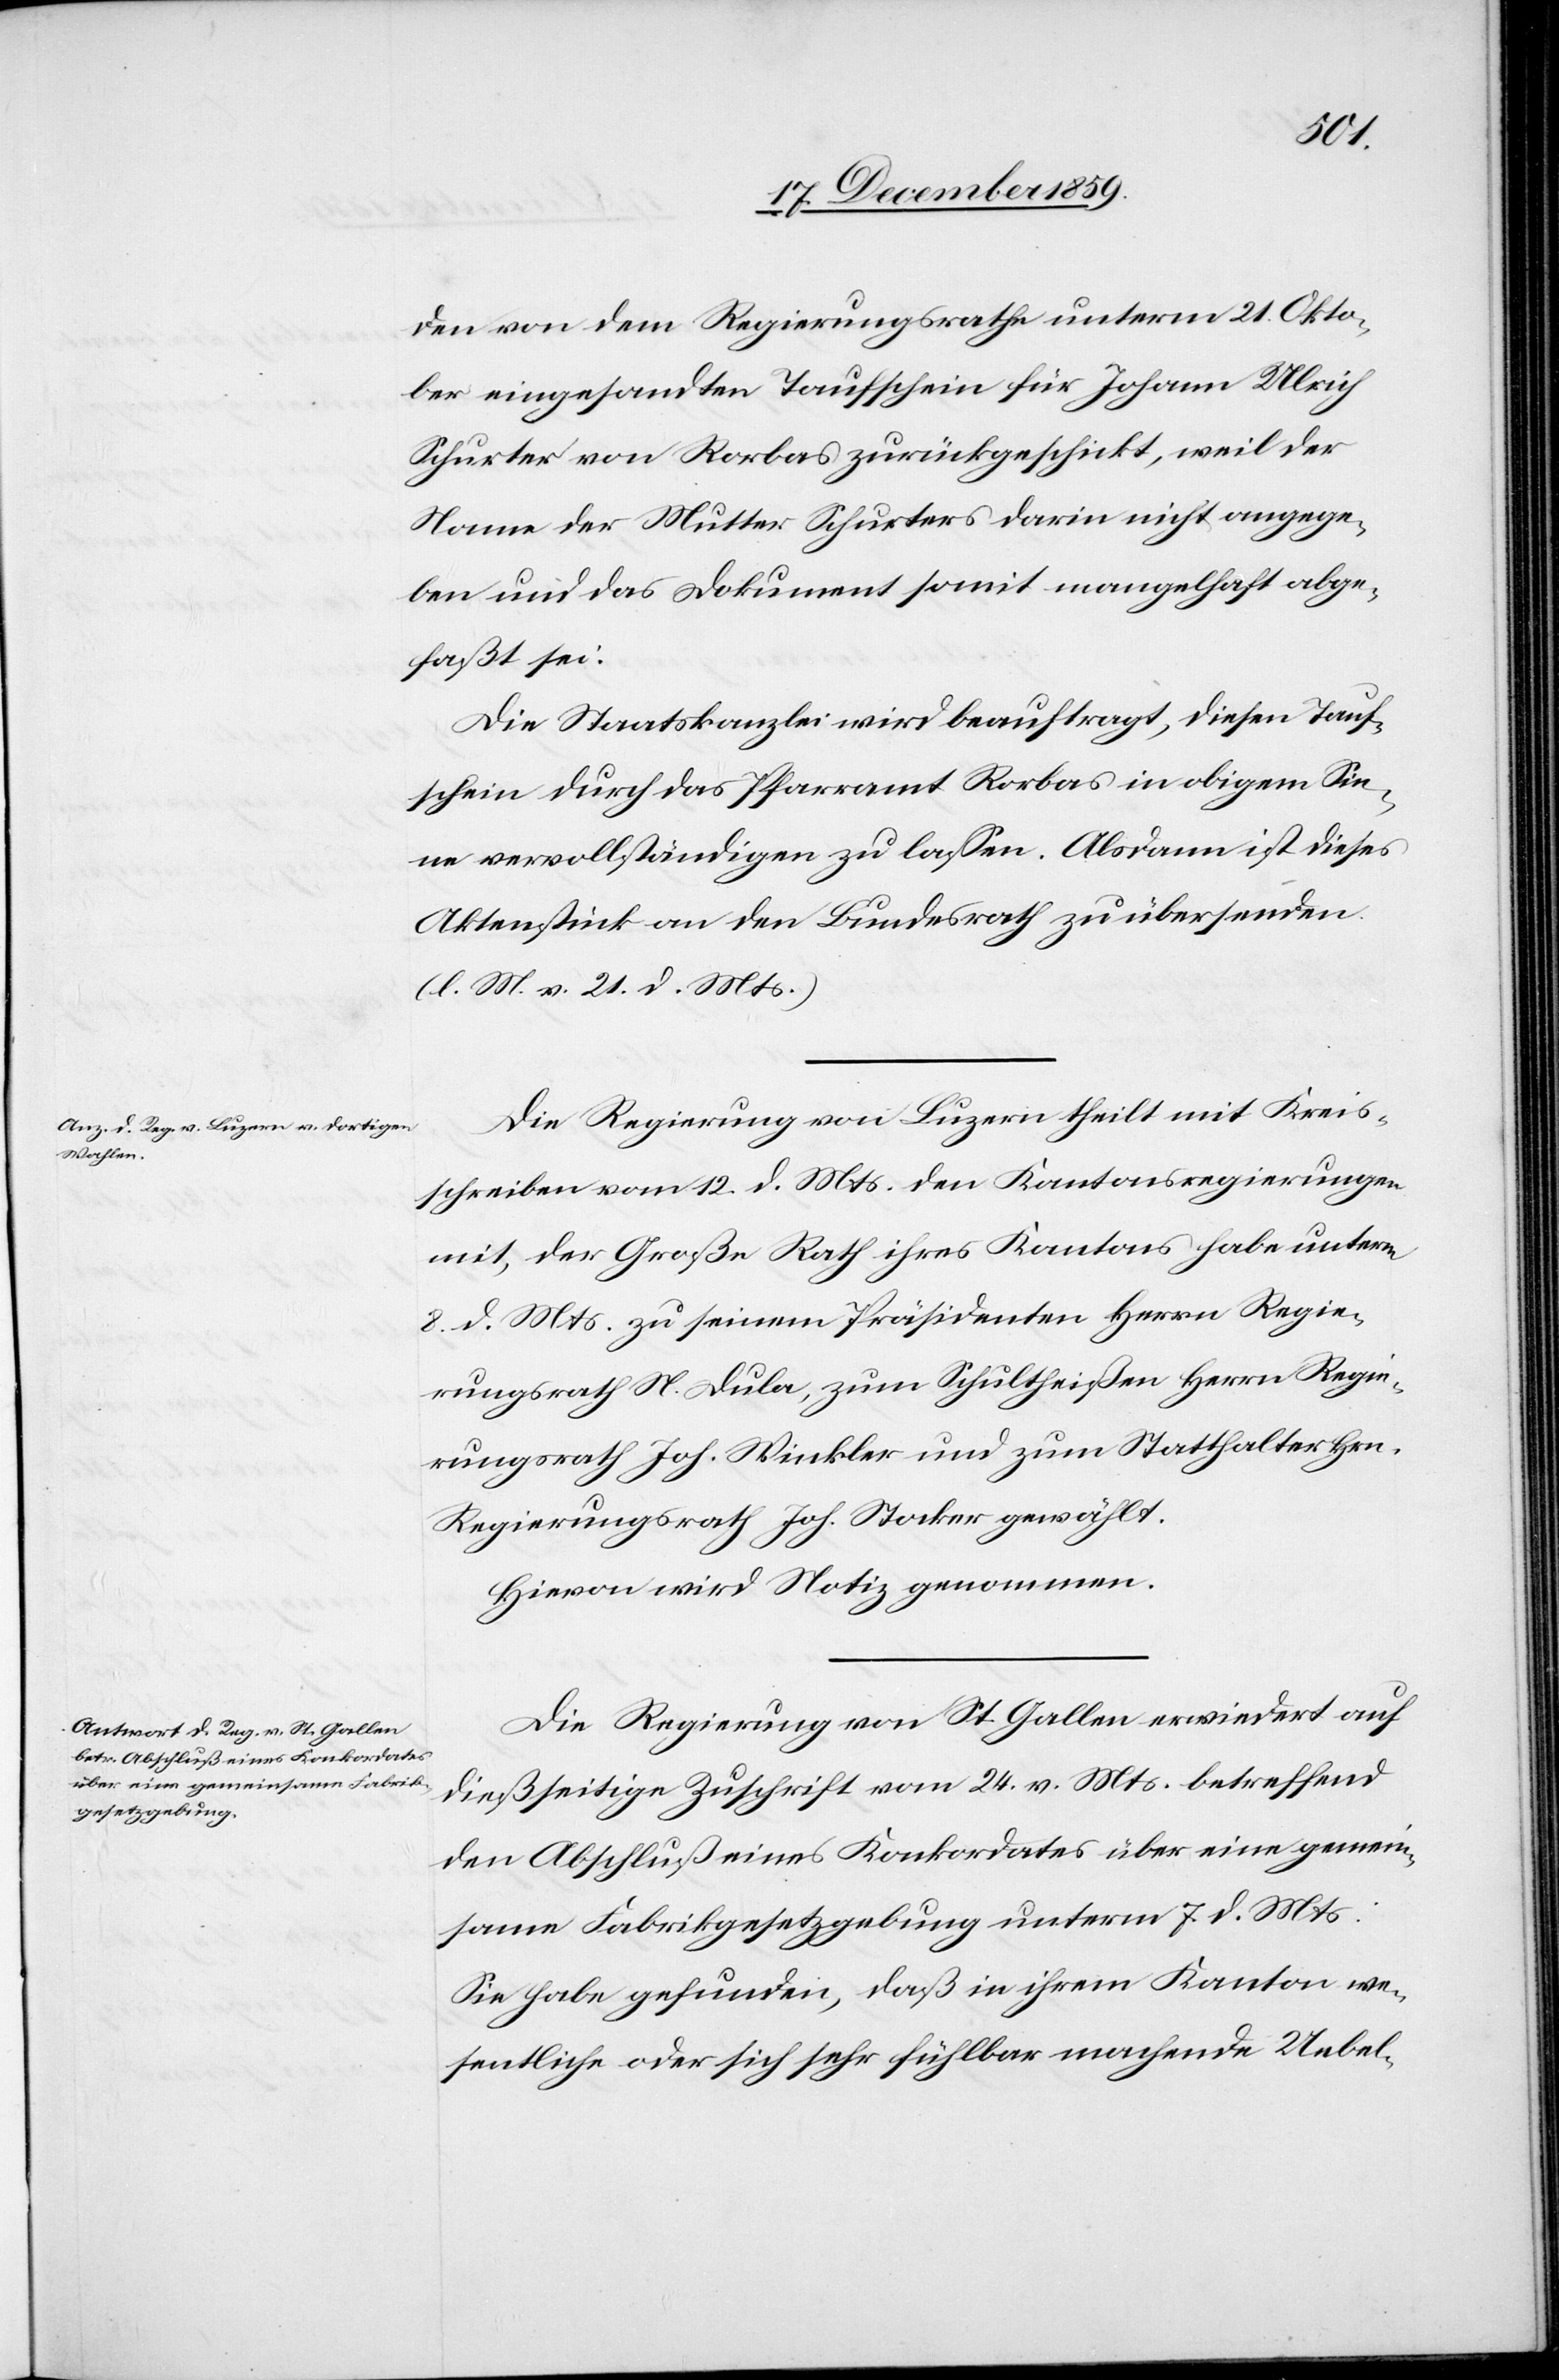
den von dem Regierungsrathe unterm 21. Okto¬
ber eingesandten Taufschein für Johann Ulrich
Schurter von Rorbas zurückgeschickt, weil der
Name der Mutter Schurters darin nicht angege¬
ben und das Dokument somit mangelhaft abge¬
faßt sei.
Die Staatskanzlei wird beauftrag, diesen Tauf¬
schein durch das Pfarramt Rorbas in obigem Sin¬
ne vervollständigen zu lassen. Alsdann ist dieses
Aktenstück an den Bundesrath zu übersenden.
(l. M. v. 21. d. Mts.)
Die Regierung von Luzern theilt mit Kreis¬
schreiben vom 12. d. Mts. den Kantonsregierungen
mit, der Große Rath ihres Kantons habe unterm
8. d. Mts. zu seinem Präsidenten Herrn Regie¬
rungsrath N. Dula, zum Schultheißen Herrn Regie¬
rungsrath Joh. Winkler und zum Statthalter Hrn.
Regierungsrath Joh. Stocker gewählt.
Hievon wird Notiz genommen.
Die Regierung von St. Gallen erwiedert auf
dießseitige Zuschrift vom 24. v. Mts. betreffend
den Abschluß eines Konkordates über eine gemein¬
same Fabrikgesetzgebung unterm 7. d. Mts:
Sie habe gefunden, daß in ihrem Kanton we¬
sentliche oder sich sehr fühlbar machende Uebel-